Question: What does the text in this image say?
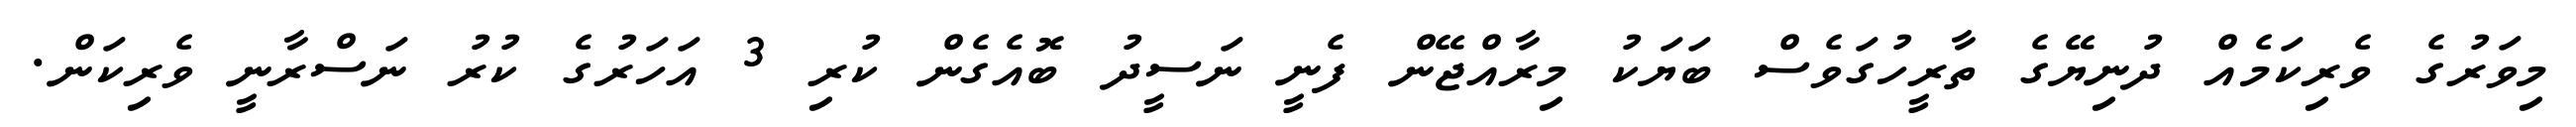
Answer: މިވަރުގެ ވެރިކަމެއް ދުނިޔޭގެ ތާރީހުގަވެސް ބަޔަކު މިރާއްޖޭން ފެނީ ނަސީދު ބޮއެގެން ކުރި 3 އަހަރުގެ ކުރު ނަސްރާނީ ވެރިކަން.